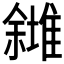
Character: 𠐸